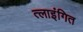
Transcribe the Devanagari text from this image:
त्लाइंगित